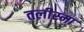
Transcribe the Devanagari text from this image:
तलीस्‍मा